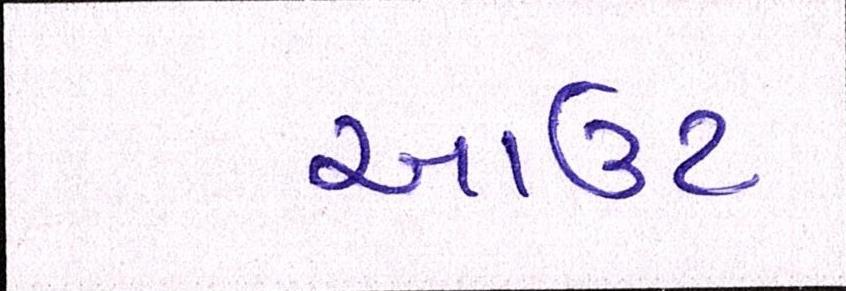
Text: આઉટ